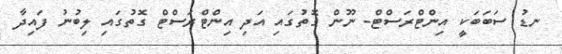
ނޑު ސަބަބަކީ އިންޓްރަސްޓް- ނޫން ގޮތުގައި އަދި އިންޓްރަސްޓް ގޮތުގައި ލިބުނު ފައިދާ